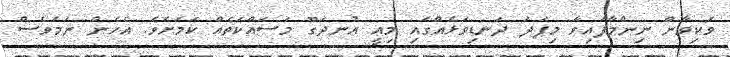
ވަކިވާން ނިންމާފައިވާ މިފަދަ ދަނޑިވަޅެއްގައި މިއީ އުނދަގޫ މަސައްކަތެއް ކަމަށެވެ. އެހެން ނަމަވެސް